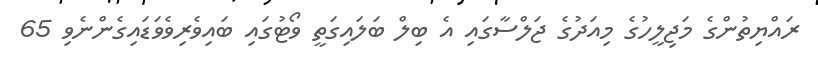
ރައްޔިތުންގެ މަޖިލީހުގެ މިއަދުގެ ޖަލްސާގައި އެ ބިލް ބަލައިގަތީ ވޯޓުގައި ބައިވެރިވެވަޑައިގެންނެވި 65